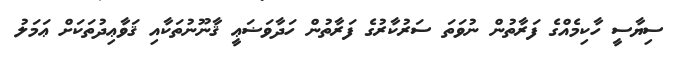
ސިޔާސީ ހާކިމެއްގެ ފަރާތުން ނުވަތަ ސަރުކާރުގެ ފަރާތުން ހަދާވަޟަޢީ ޤާނޫނުތަކާއި ޤަވާޢިދުތަކަށް ޢަމަލު